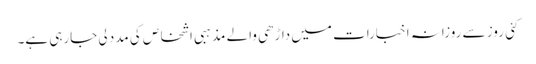
کئی روز سے روزانہ اخبارات میں داڑھی والے مذہبی اشخاص کی مدد لی جارہی ہے۔